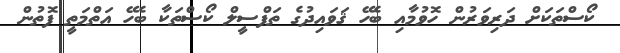
ކޯސްތަކަށް ދަރިވަރުން ހޮވުމާއި ބެހޭ ޤަވައިދުގެ ތަފްސީލް ކޯސްތަކާ ބެހޭ އަތްމަތީ ފޮތުން